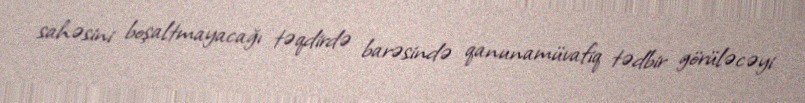
sahəsini boşaltmayacağı təqdirdə barəsində qanunamüvafiq tədbir görüləcəyi